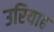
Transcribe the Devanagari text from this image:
उरियाह